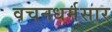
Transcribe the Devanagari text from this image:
वचनधर्मसार